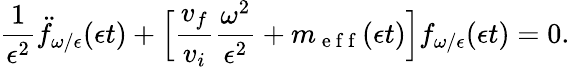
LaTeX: \frac{1}{\epsilon^{2}}\ddot{f}_{\omega/\epsilon}(\epsilon t)+\Big[\frac{v_{f}}{v_{i}}\frac{\omega^{2}}{\epsilon^{2}}+m_{\mathrm{~e~f~f~}}(\epsilon t)\Big]f_{\omega/\epsilon}(\epsilon t)=0.